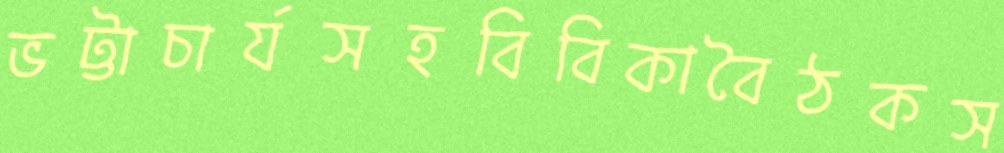
ভট্টাচার্যসহবিবিকাবৈঠকস